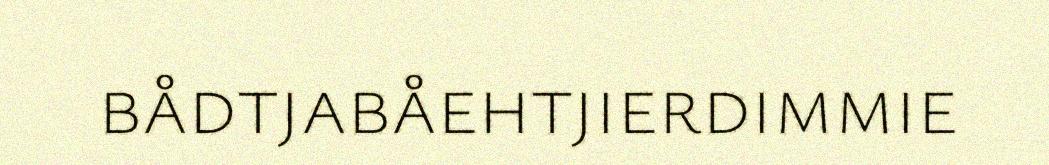
bådtjabåehtjierdimmie